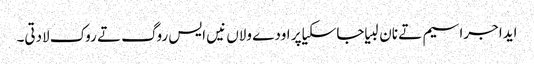
ایدا جراسیم تے نان لبیا جاسکیا پر اودے ولاں نیں ایس روگ تے روک لادتی۔